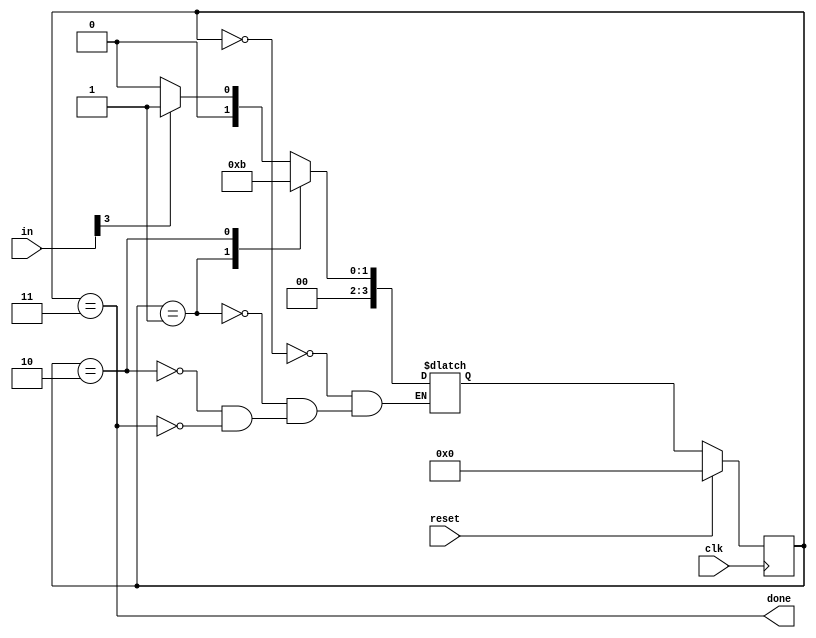
module top_module(
    input clk,
    input [7:0] in,
    input reset,    
    output done); 
    
    parameter BYTE1 = 0,BYTE2 = 1,BYTE3 = 2,DONE = 3; 
    reg [3:0] count ,state,next;
    

    always @(*)begin
        case(state)
            BYTE1: next <= in[3] ? BYTE2:BYTE1;
            BYTE2: next <= BYTE3;
            BYTE3: next <= DONE;
            DONE:  next <= in[3] ? BYTE2:BYTE1; 
        endcase
    end

    always @(posedge clk) begin
        if(reset)
            state <= BYTE1;
        else
            state <= next;
    end
    
	assign done = (state == DONE);

endmodule